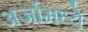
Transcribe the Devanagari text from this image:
अर्जामध्ये